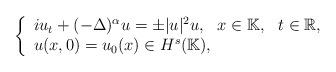
LaTeX: \begin{align*}\left\{\begin{array}{l}iu_{t}+(-\Delta)^{\alpha} u =\pm |u|^2u, \,\,\,\, x \in {\mathbb{K}}, \,\,\,\, t\in \mathbb{R} ,\\u(x,0)=u_0(x)\in H^{s}(\mathbb{K}), \\\end{array}\right.\end{align*}